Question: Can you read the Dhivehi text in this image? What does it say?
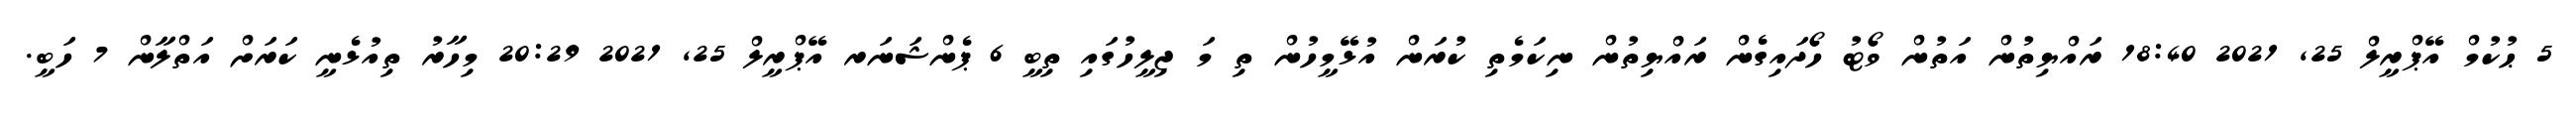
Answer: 5 ޙުކުމް އޭޕްރީލް 25, 2021 18:40 ރައްޔިތުން އަތުން ވޯޓު ހޯދައިގެން ރައްޔިތުން ނިކަމެތި ކުރަން އުޅޭމީހުން ތި މަ ޖިލީހުގައި ތިބީ 6 ޕެންޝަނަރ އޭޕްރީލް 25, 2021 20:29 މިހާރު ތިއުޅެނީ ކަރަށް އަތްލާން 7 ހަބީ.